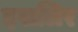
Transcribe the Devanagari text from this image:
इसलिर